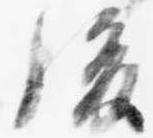
後